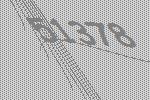
51378